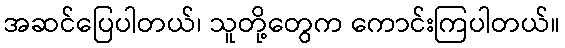
အဆင်ပြေပါတယ်၊ သူတို့တွေက ကောင်းကြပါတယ်။